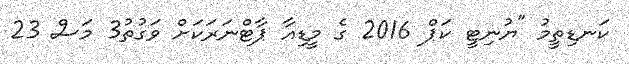
ކަނޑިތީމު "ޔުނިޓީ ކަޕް 2016 ގެ މީޑިއާ ޕާޓްނަރަކަށް ވަގުތު3 މަސް 23